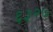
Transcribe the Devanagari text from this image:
६३२७